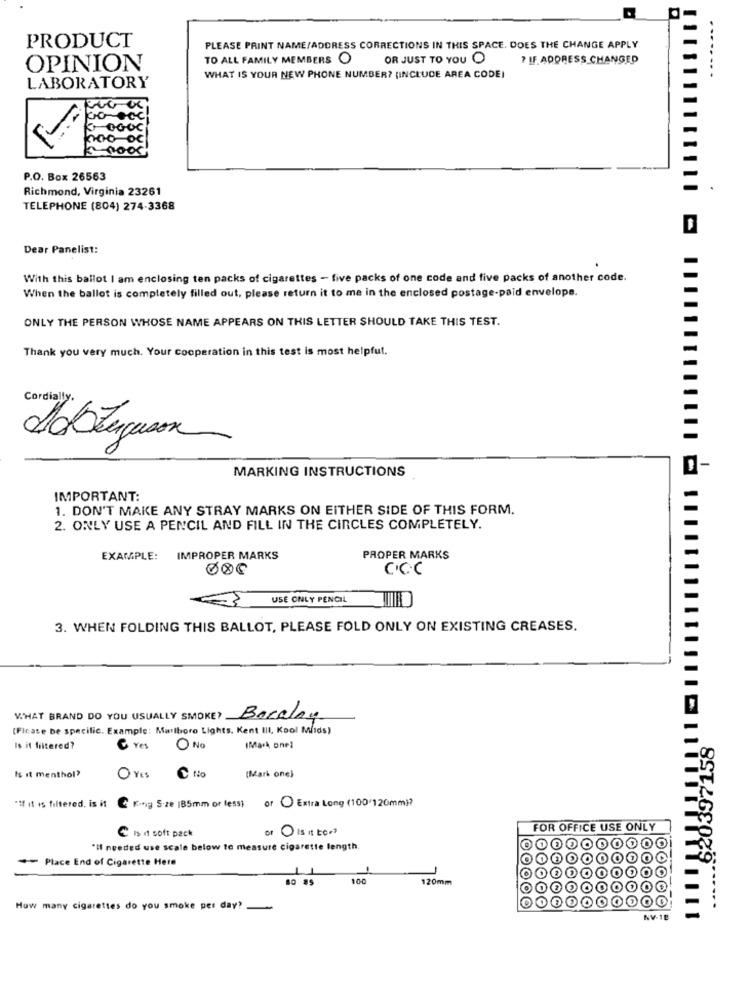
PRODUCT
PLEASE PRINT NAME/ADDRESS CORRECTIONS IN THIS SPACE. DOES THE CHANGE APPLY
TO ALL FAMILY MEMBERS O
OR JUST TO YOU O
7 IF.ADDRESS CHANGED
OPINION
WHAT IS YOUR NEW PHONE NUMBER? (INCLUDE AREA CODE)
LABORATORY
00
P.O. Box 26563
Richmond, Virginia 23261
TELEPHONE (804) 274-3368
Dear Panelist:
.
With this ballot I am enclosing ten packs of cigarettes - five packs of one code and five packs of another code.
When the ballot is completely filled out, please return it to me in the enclosed postage-paid envelope.
ONLY THE PERSON WHOSE NAME APPEARS ON THIS LETTER SHOULD TAKE THIS TEST.
Thank you very much. Your cooperation in this test is most helpful.
Cordially.
MARKING INSTRUCTIONS
IMPORTANT:
1. DON'T MAKE ANY STRAY MARKS ON EITHER SIDE OF THIS FORM.
2. ONLY USE A PENCIL AND FILL IN THE CIRCLES COMPLETELY.
EXAMPLE:
IMPROPER MARKS
PROPER MARKS
000
CCC
USE ONLY PENCIL
3. WHEN FOLDING THIS BALLOT, PLEASE FOLD ONLY ON EXISTING CREASES.
V.HAT BRAND DO YOU USUALLY SMOKE? Bocalay
[Flcase be specific. Example: Marlboro Lights. Kent III, Kool Mids)
620397158
Is it filtered?
C Yes
No
(Mark onel
Is it menthol?
O Yes No
(Mark one)
"If it is filtered, is it
C King Size 185mm or less; or ( Extra Long (100'120mm)?
of 1 Is it too
FOR OFFICE USE ONLY
Cisi soft pack
*Il needed use scale below to measure cigarette length.
Place End of Cigarette Here
100
120mm
How many cigarettes do you smoke per day?
AV.18